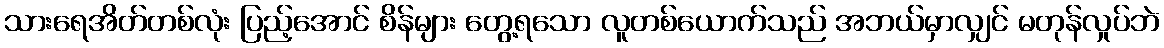
သားရေအိတ်တစ်လုံး ပြည့်အောင် စိန်များ တွေ့ရသော လူတစ်ယောက်သည် အဘယ်မှာလျှင် မတုန်လှုပ်ဘဲ